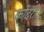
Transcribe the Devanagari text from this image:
कोंदरी